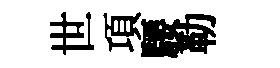
世項騕勒